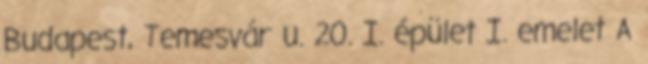
Budapest, Temesvár u. 20. I. épület I. emelet A